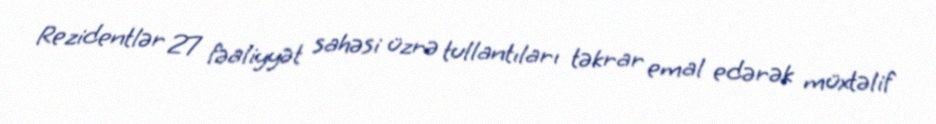
Rezidentlər 27 fəaliyyət sahəsi üzrə tullantıları təkrar emal edərək müxtəlif